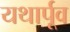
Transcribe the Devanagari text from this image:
यथार्पूव